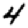
Digit: 4